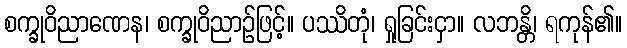
စက္ခုဝိညာဏေန၊ စက္ခုဝိညာဉ်ဖြင့်။ ပဿိတုံ၊ ရှုခြင်းငှာ။ လဘန္တိ၊ ရကုန်၏။